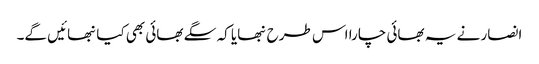
انصار نے یہ بھائی چارا اس طرح نبھایا کہ سگے بھائی بھی کیانبھائیں گے۔